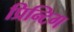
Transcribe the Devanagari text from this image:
प्रिन्टिग